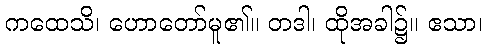
ကထေသိ၊ ဟောတော်မူ၏။ တဒါ၊ ထိုအခါ၌။ ဧသာ၊